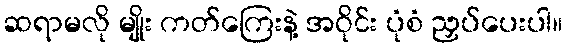
ဆရာမလို မျိုး ကတ်ကြေးနဲ့ အဝိုင်း ပုံစံ ညှပ်ပေးပါ။